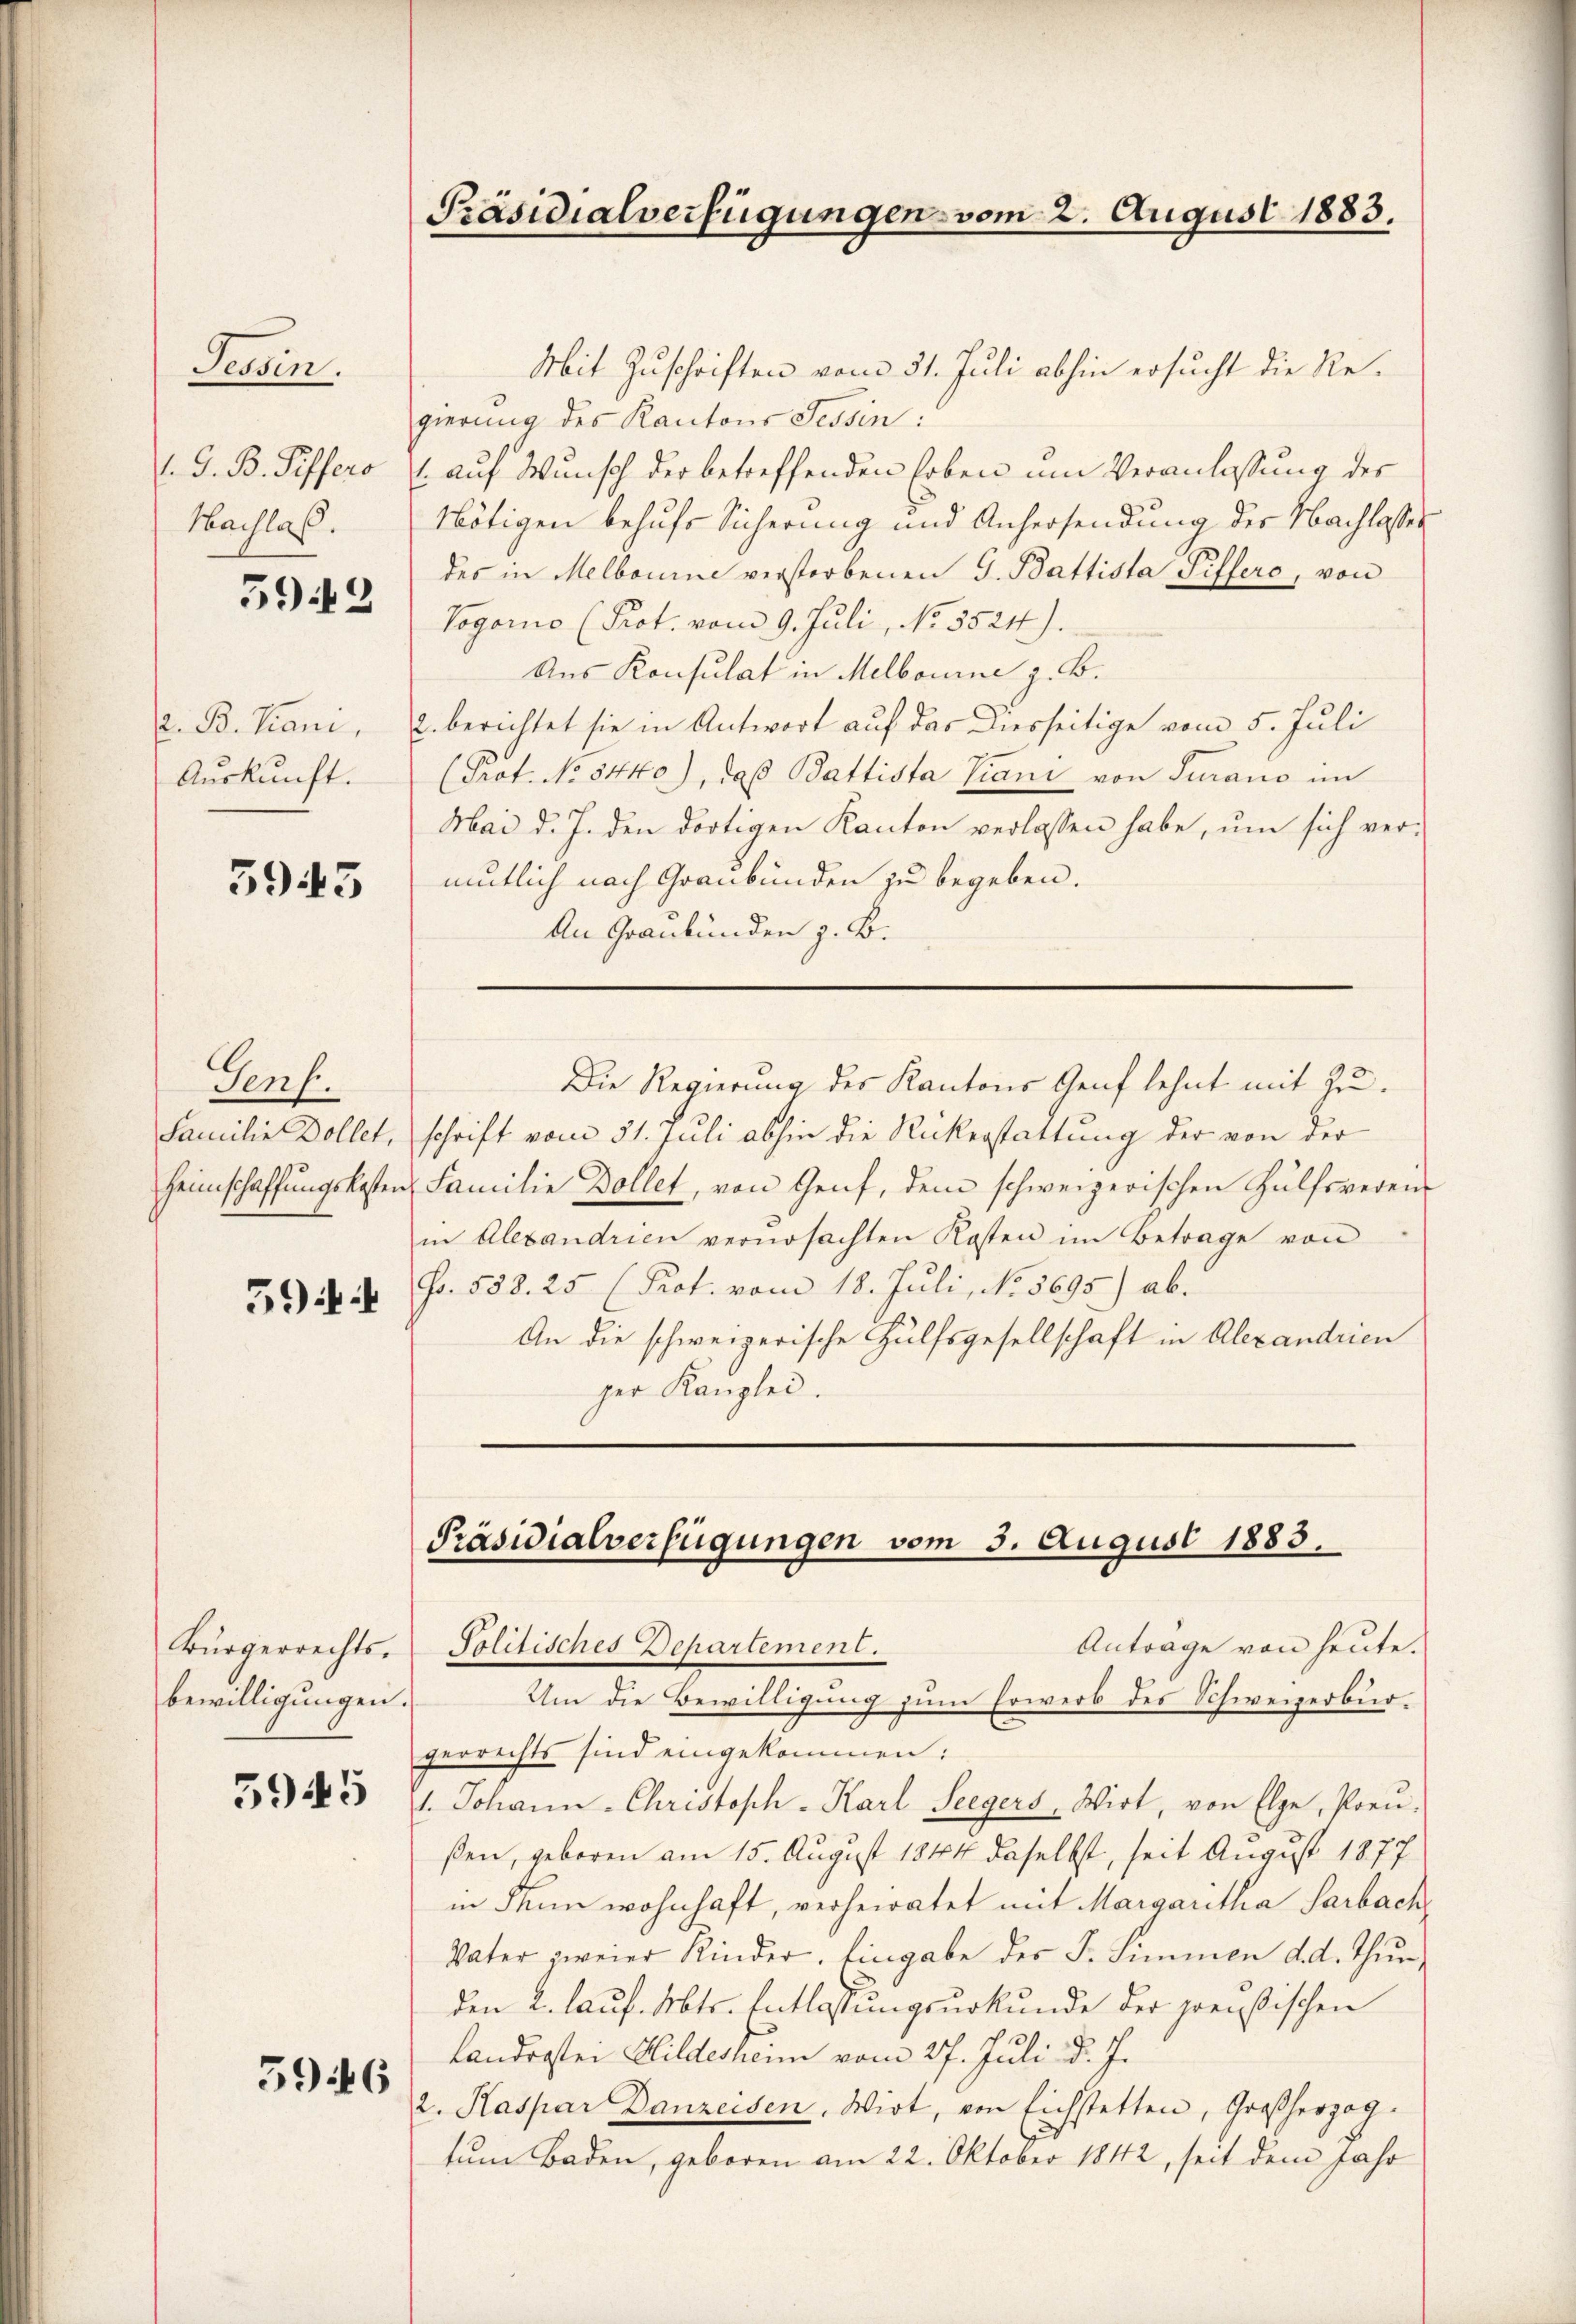
Sewin
.G. B. Riffero
Nachlas.

592

. B. Piani,
Auskunft.

5945

Genf.
Familie Dollet,
Heimschaffungskosten
59

Bürgerrechts-
bewilligungen.

5945

5946

Präsidialverfügungen vom 2. August 1883.

Mit Zuschriften vom 31. Juli abhin ersucht die Regierung des Kantons Tessin:
 auf Wunsch der betreffenden Erben um Veranlassung der
Nötigen behufs Sicherung und Anhersendung des Nachlasses
des in Melbouine verstorbenen G. Battista Piffers, von
Vogorno (Prot. vom 9. Juli, No. 5524).
Aus Konsulat in Melbourne z. B.
c. berichtet sie in Antwort auf das Diesseitige vom 5. Juli
(Prot. No 5440), daß Battista Piani von Turano im
Mai d. J. den dortigen Kanton verlassen habe, um sich ver-
mutlich nach Graubünden zu begeben.
An Graubünden z. B.
Die Regierung des Kantons Genf lehnt mit Zuschrift vom 31. Juli abhin die Rickerstattung der von der
Familie Dollet, von Genf, dem schweizerischen Hülfsreden
in Alexandrien verŭrsachten Kosten im Betrage von
so. 558. 25 (Prot. vom 18. Juli, No. 5695) ab.
An die schweizerische Hülfsgesellschaft in Alexandrien
ger Kanzlei.

Präsidialverfügungen vom 3. August 1883.

Anträge von heute.
Politisches Departement.
Um die Bewilligung zum Erwerb des Schweizerbürgerrechts sind eingekommen:
1. Johann - Christopch-Karl Seegers, Wirt, von Elge, Porn.
ßen, geboren am 15. August 1844 daselbst, seit August 1877
in denn wohnhaft, verheiratet mit Margaritha Sarbach
Vater zweier Kinder. Eingabe der F. Simmen d. d. Thurden 2. lauf. Abts. Entlassungsurkunde der preußischen
Landrastei Hildesheim vom 27. Juli d. J.
2. Kaspar Danzeisen, Wirt, von Eichstetten, Großherzog.
tum Baden, geboren am 22. Oktober 1842, seit dem Jahr